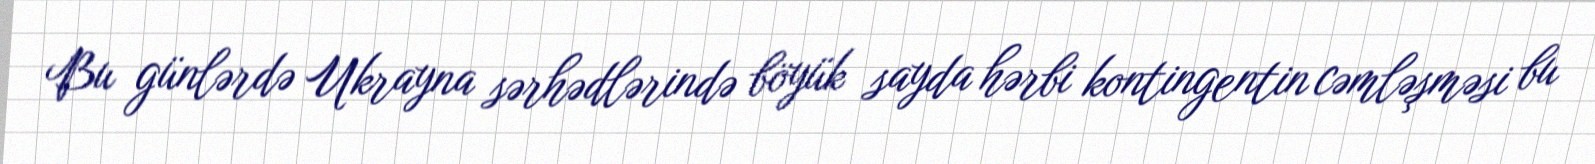
Bu günlərdə Ukrayna sərhədlərində böyük sayda hərbi kontingentin cəmləşməsi bu